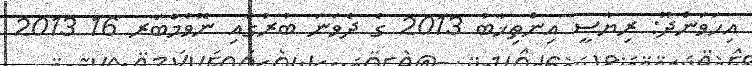
އިހަވަންދޫ: ރިޔާސީ އިންތިޚާބު 2013 ގެ ދެވަނަ ބުރުގައި ނޮވެމްބަރ 16 2013